Medical and sanitary report on the native army of Bombay for the year
Year: 1878
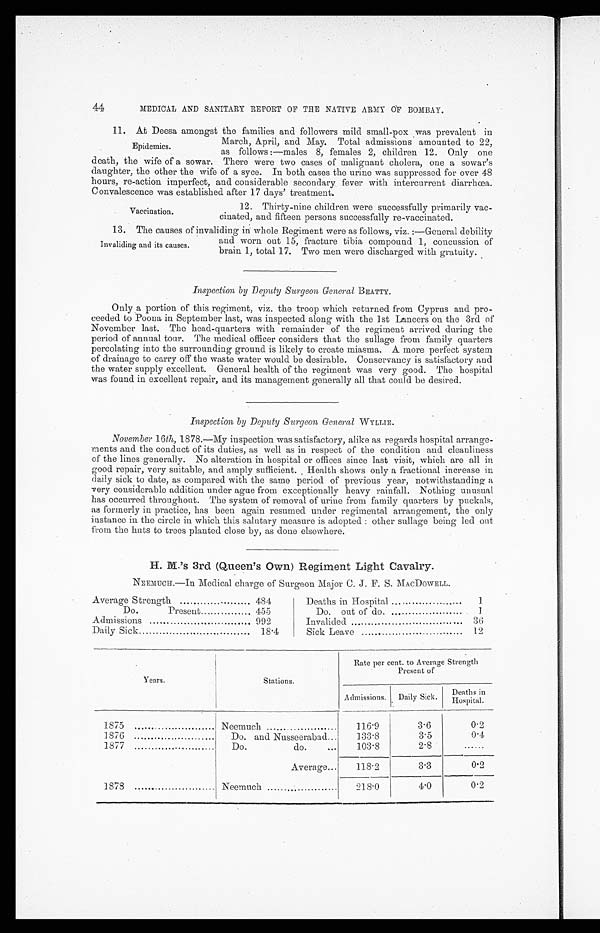
44
MEDICAL AND SANITARY REPORT OF THE NATIVE ARMY OF BOMBAY.
11. At Deesa amongst the families and followers mild small-pox was prevalent in
March, April, and May. Total admissions amounted to 22,
as follows :—males 8, females 2, children 12. Only one
death, the wife of a sowar. There were two cases of malignant cholera, one a sowar’s
daughter, the other the wife of a syce. In both cases the urine was suppressed for over 48
hours, re-action imperfect, and considerable secondary fever with intercurrent diarrhœa.
Convalescence was established after 17 days’ treatment.
Epidemics.
Vaccination.
12. Thirty-nine children were successfully primarily vac-
cinated, and fifteen persons successfully re-vaccinated.
13. The causes of invaliding in whole Regiment were as follows, viz. :—General debility
Invaliding and its causes.
and worn out 15, fracture tibia compound 1, concussion of
brain 1, total 17. Two men were discharged with gratuity.
Inspection by Deputy Surgeon General BEATTY.
Only a portion of this regiment,. viz. the troop which returned from Cyprus and pro-
ceeded to Poona in September last, was inspected along with the 1st Lancers on the 3rd of
November last. The head-quarters with remainder of the regiment arrived during the
period of annual tour. The medical officer considers that the sullage from family quarters
percolating into the surrounding ground is likely to create miasma. A more perfect system
of drainage to carry off the waste water would be desirable. Conservancy is satisfactory and
the water supply excellent. General health of the regiment was very good. The hospital
was found in excellent repair, and its management generally all that could be desired.
Inspection by Deputy Surgeon General WYLLIE.
November 16th, 1878.—My inspection was satisfactory, alike as regards hospital arrange-
ments and the conduct of its duties, as well as in respect of the condition and cleanliness
of the lines generally. No alteration in hospital or offices since last visit, which are all in
good repair, very suitable, and amply sufficient. Health shows only a fractional increase in
daily sick to date, as compared with the same period of previous year, notwithstanding a
very considerable addition under ague from exceptionally heavy rainfall. Nothing unusual
has occurred throughout. The system of removal of urine from family quarters by puckals,
as formerly in practice, has been again resumed under regimental arrangement, the only
instance in the circle in which this salutary measure is adopted : other sullage being led out
from the huts to trees planted close by, as done elsewhere.
H. M.’s 3rd (Queen’s Own) Regiment Light Cavalry.
NEEMUCH.—In Medical charge of Surgeon Major C. J. F. S. MACDOWELL.
Average Strength
484
Deaths in Hospital
1
Do.
Present
455
Do. out of do. ..,
1
Admissions
992
Invalided
36
Daily Sick
18.4
Sick Leave
.
12
Years.
I
Stations.
Rate per cent. to Average Strength
Present of
Admissions. Daily Sick.
Deaths in
Hospital.
1875
Neemuch
116.9
3.6
0.2
1876
Do. and Nusseerabad...
133.8
3.5
0.4
1877
Do.
do.
...
103.8
2.8
......
1878
Average...
118.2
3.3
0.2
Neemuch
218.0
4.0
0.2